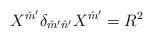
LaTeX: \begin{align*}X^{\hat m'} \delta_{\hat m' \hat n'} X^{\hat m'} = R^2\end{align*}